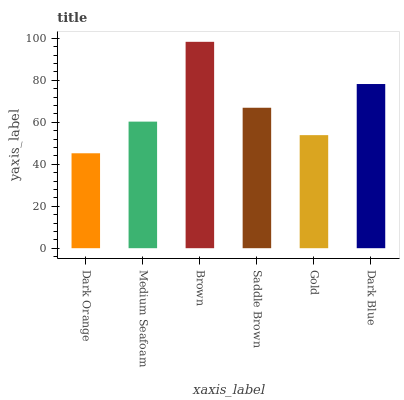
| xaxis_label | bars |
 | --- | --- |
 | Dark Orange | 45.2 |
 | Medium Seafoam | 60.3 |
 | Brown | 98.3 |
 | Saddle Brown | 66.9 |
 | Gold | 53.9 |
 | Dark Blue | 78.2 |